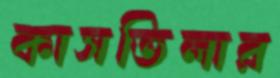
কাসতিলার